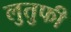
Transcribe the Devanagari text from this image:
लुतुफी